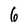
Character: 6